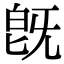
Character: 旣